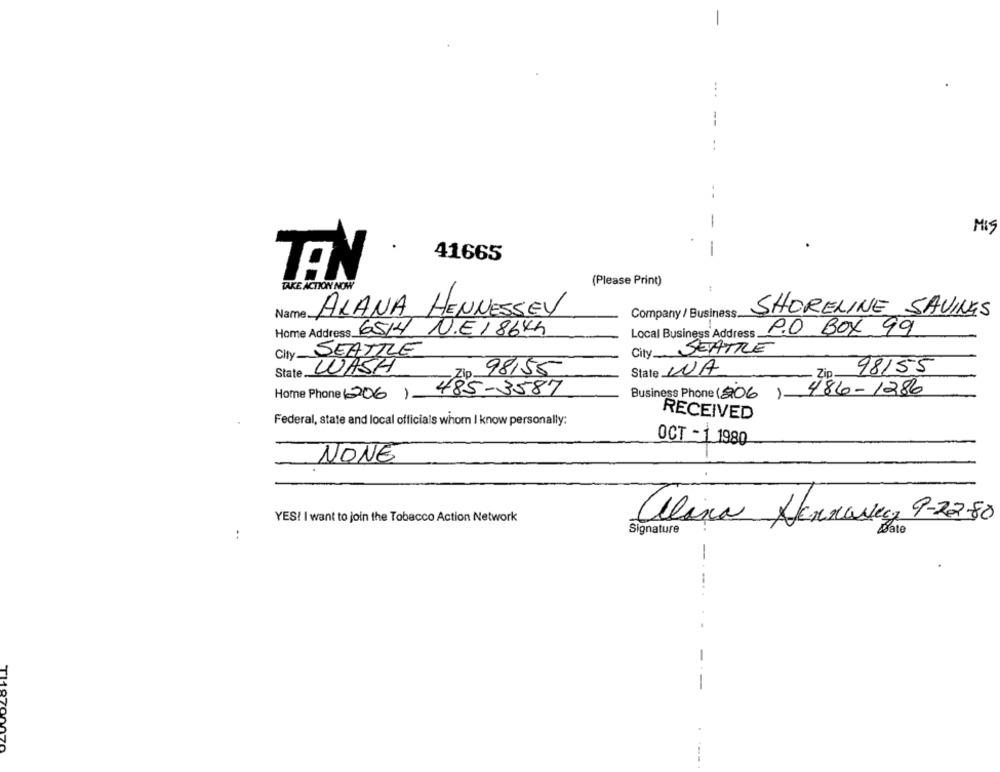
-
--
-
MIS
41665
-
TEN
(Please Print)
TAKE ACTION NOW
Name.
ALANA HENNESSEY
Company / Business.
SHORELINE SAVINGS
Home Address 6514 N.E18644
Local Business Address P.O Box 99
City SEATTLE
City SEATTLE
State WASH
State LA
98155
98155
Zip.
Home Phone (206 ) -
485-3587
Business Phone (206
)- 486- 1286
RECEIVED
Federal, state and local officials whom I know personally:
OCT - 1 1980
NONE
YES! I want to join the Tobacco Action Network
alina Jennaveg 9-22-80
Signature
Date
..
-
TI187